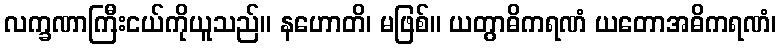
လက္ခဏာကြီးငယ်ကိုယူသည်။ နဟောတိ၊ မဖြစ်။ ယတွာဓိကရဏံ ယတောအဓိကရဏံ၊